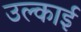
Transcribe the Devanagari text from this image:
उल्काई